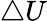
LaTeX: \triangle U